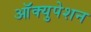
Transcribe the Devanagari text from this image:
आॅक्युपेशन